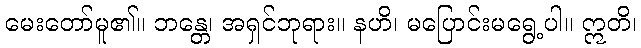
မေးတော်မူ၏။ ဘန္တေ၊ အရှင်ဘုရား။ နဟိ၊ မပြောင်းမရွေ့ပါ။ ဣတိ၊